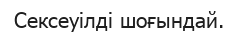
Сексеуілді шоғындай.